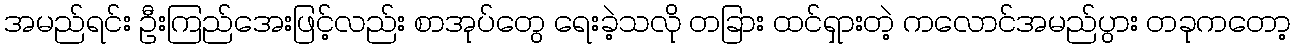
အမည်ရင်း ဦးကြည်အေးဖြင့်လည်း စာအုပ်တွေ ရေးခဲ့သလို တခြား ထင်ရှားတဲ့ ကလောင်အမည်ပွား တခုကတော့